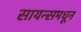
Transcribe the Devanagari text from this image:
सायन्समधून